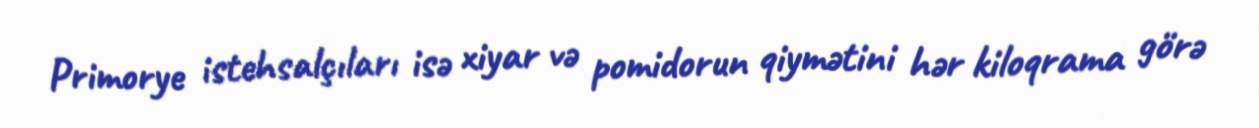
Primorye istehsalçıları isə xiyar və pomidorun qiymətini hər kiloqrama görə